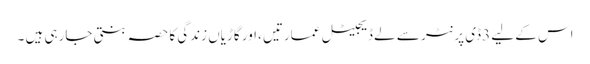
اس کے لیے 3ڈی پرنٹر سے لے ڈیجیٹل عمارتیں ،اور گاڑیاں زندگی کا حصہ بنتی جارہی ہیں ۔